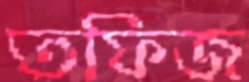
তফিজ